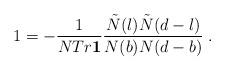
LaTeX: \begin{align*}1 = -\frac{1}{NTr{\bf 1}}\frac{\tilde{N}(l)\tilde{N}(d-l)}{N(b)N(d-b)}\;.\end{align*}